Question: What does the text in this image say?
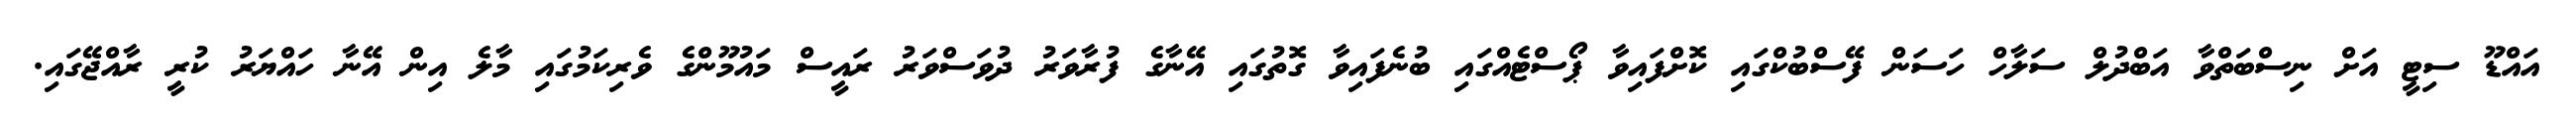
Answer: އައްޑޫ ސިޓީ އަށް ނިސްބަތްވާ އަބްދުލް ސަލާހް ހަސަން ފޭސްބުކްގައި ކޮށްފައިވާ ޕޯސްޓެއްގައި ބުނެފައިވާ ގޮތުގައި އޭނާގެ ފުރާވަރު ދުވަސްވަރު ރައީސް މައުމޫންގެ ވެރިކަމުގައި މާލެ އިން އޭނާ ހައްޔަރު ކުރީ ރާއްޖޭގައި.